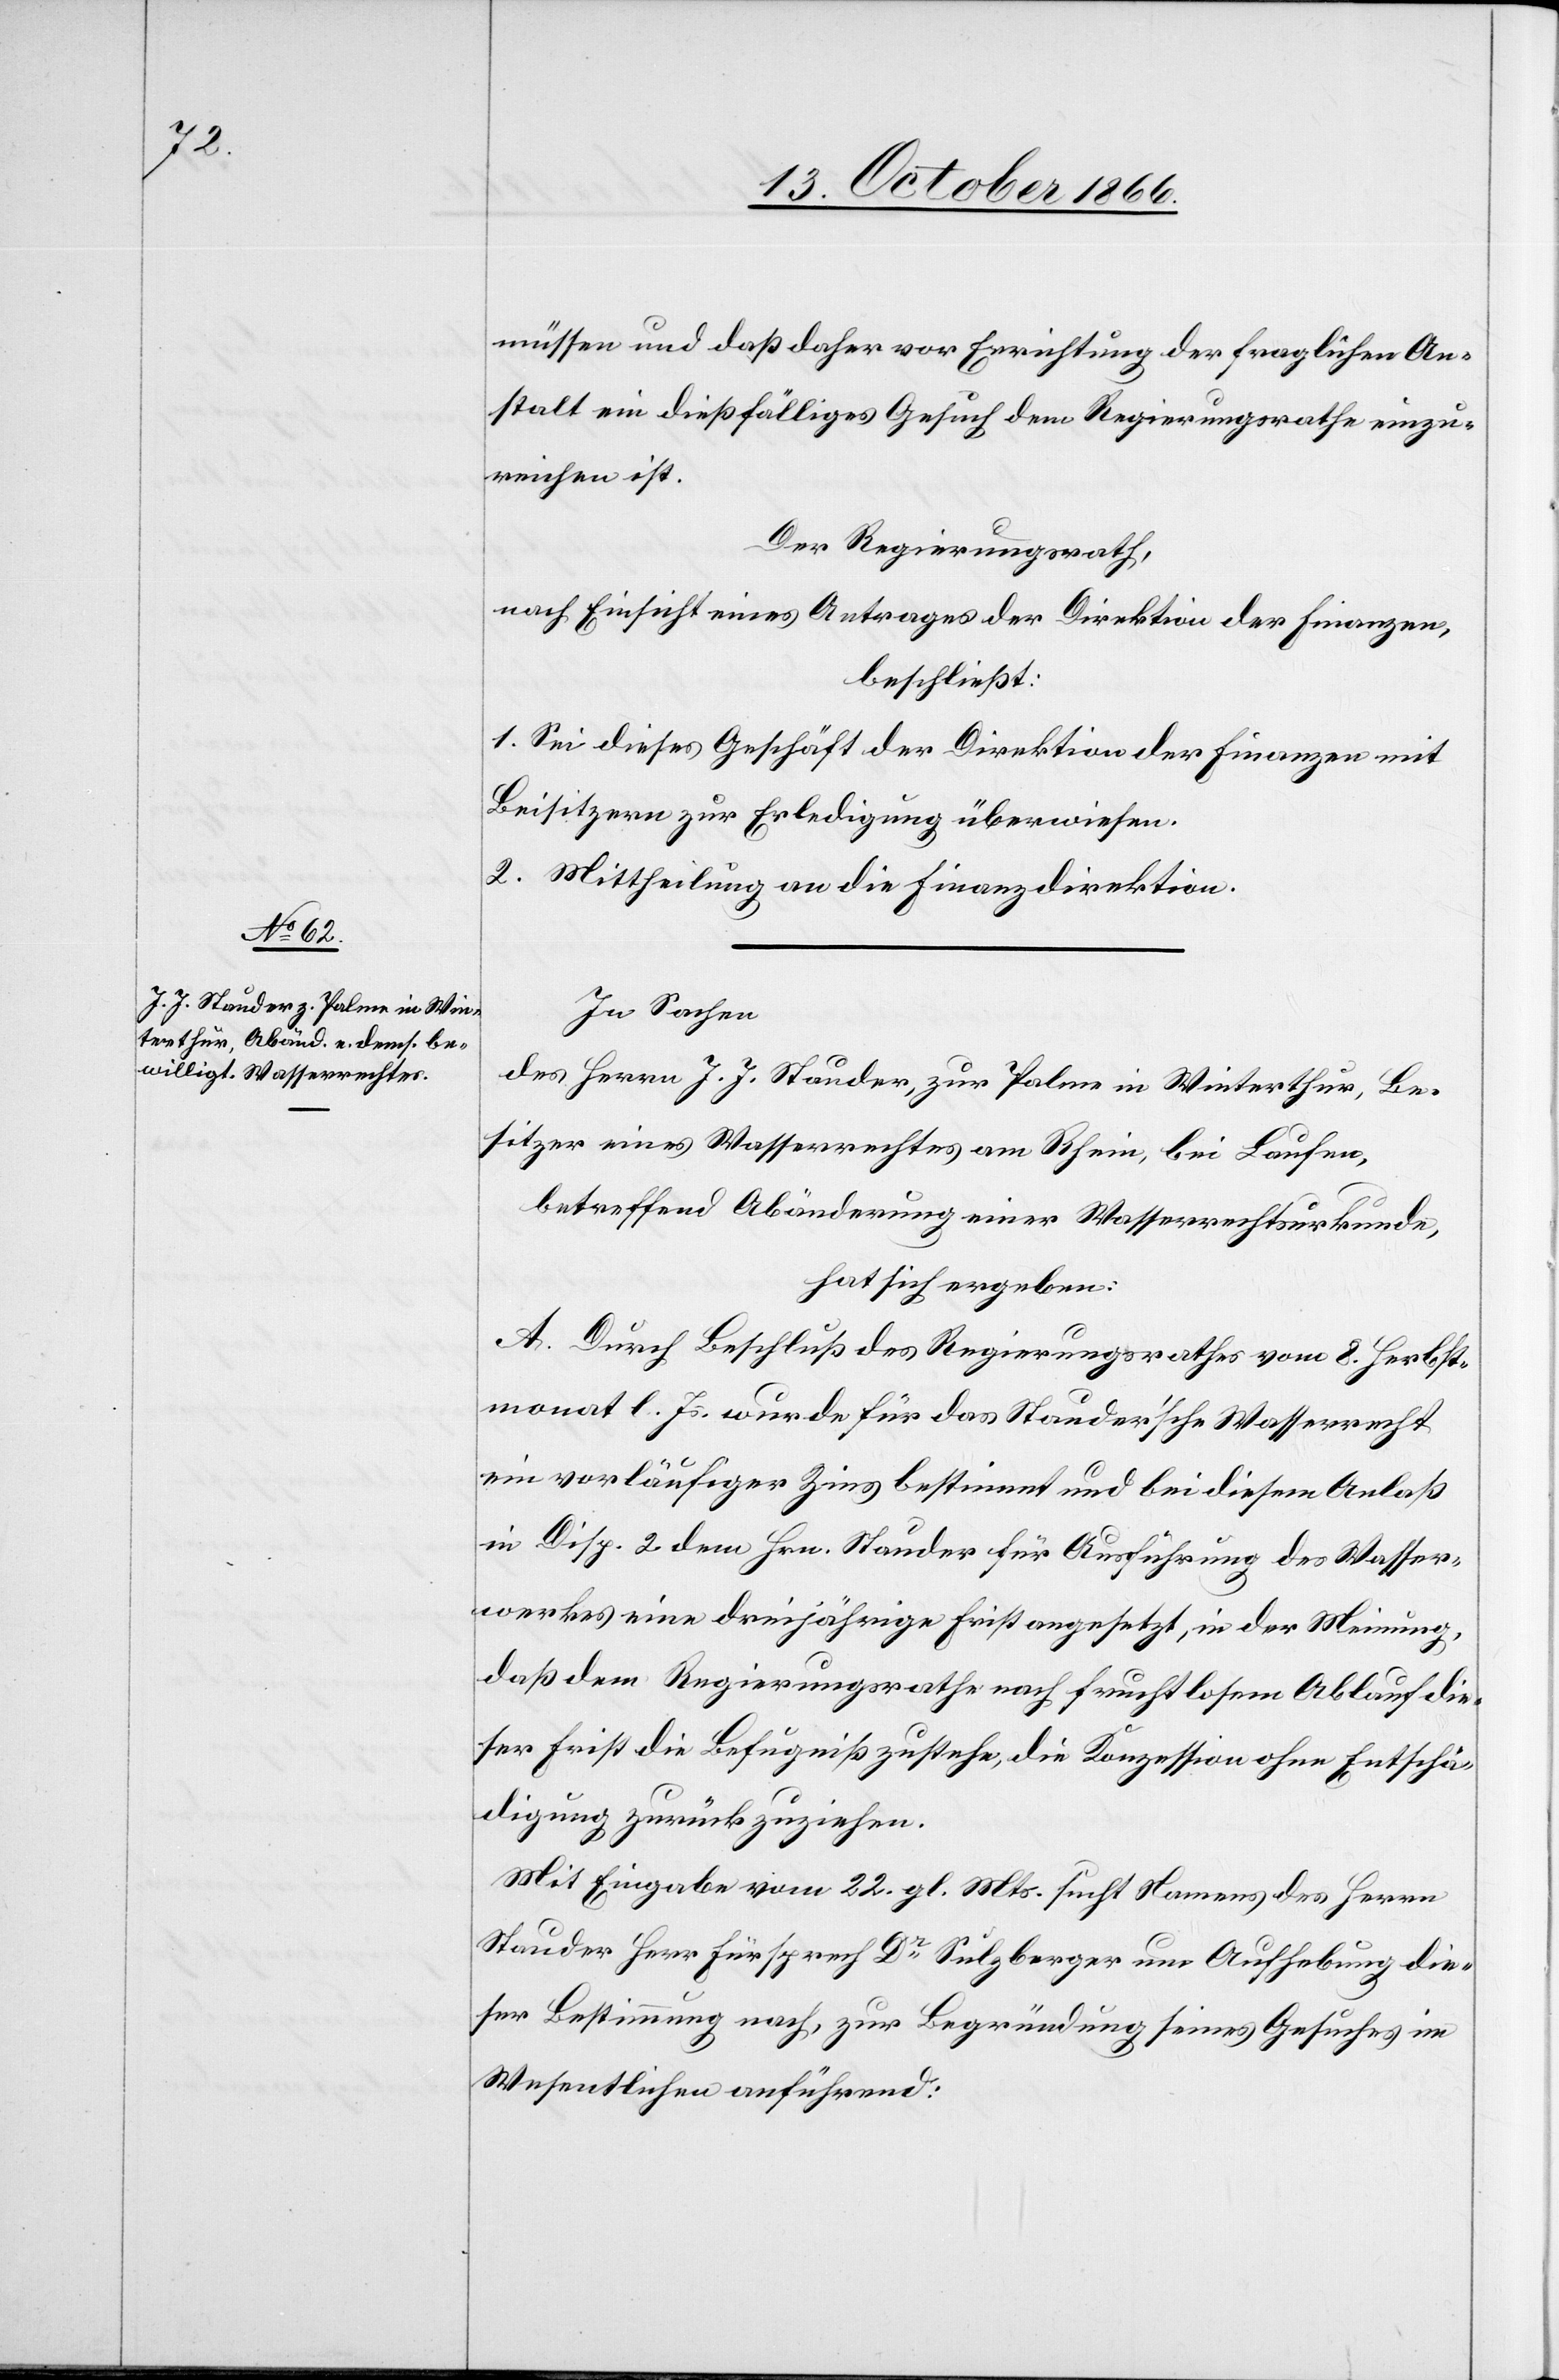
müssen und daß daher vor Errichtung der fraglichen An¬
stalt ein dießfälliges Gesuch dem Regierungsrathe einzu¬
reichen ist.
Der Regierungsrath,
nach Einsicht eines Antrages der Direktion der Finanzen,
beschließt:
1. Sei dieses Geschäft der Direktion der Finanzen mit
Beisitzern zur Erledigung überwiesen.
2. Mittheilung an die Finanzdirektion.
In Sachen
des Herrn J. J. Stauder, zur Palme in Winterthur, Be¬
sitzer eines Wasserrechtes am Rhein, bei Laufen,
betreffend Abänderung einer Wasserrechtsurkunde,
hat sich ergeben:
A. Durch Beschluß des Regierungsrathes vom 8. Herbst¬
monat l. Js. wurde für das Stauder’sche Wasserrecht
ein vorläufiger Zins bestimmt und bei diesem Anlaß
in Disp. 2 dem Hrn. Stauder für Ausführung des Wasser¬
werkes eine dreijährige Frist angesetzt, in der Meinung,
daß dem Regierungsrathe nach fruchtlosem Ablauf die¬
ser Frist die Befugniß zustehe, die Konzession ohne Entschä¬
digung zurückzuziehen.
Mit Eingabe vom 22. gl. Mts. sucht Namens des Herrn
Stauder Herr Fürsprech Dr. Sulzberger um Aufhebung die¬
ser Bestimmung nach, zur Begründung seines Gesuches im
Wesentlichen anführend: